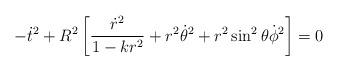
LaTeX: \begin{align*}-{\dot t}^{2} + R^{2}\left [ \frac{{\dot r}^{2}}{1-kr^{2}} + r^{2}{\dot \theta}^{2} + r^{2}\sin ^{2}{\theta} {\dot \phi}^{2} \right ]= 0\end{align*}